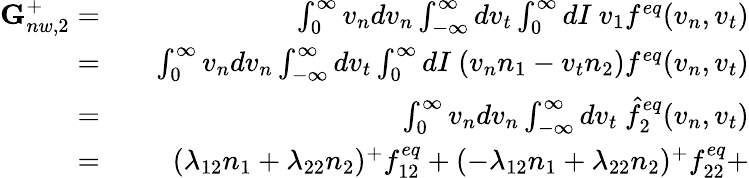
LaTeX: \begin{array}{rlr}{\textbf{G}_{nw,2}^{+}=}&{{}}&{\int_{0}^{\infty}v_{n}dv_{n}\int_{-\infty}^{\infty}dv_{t}\int_{0}^{\infty}dI\ v_{1}f^{eq}(v_{n},v_{t})}\\ {=}&{{}}&{\int_{0}^{\infty}v_{n}dv_{n}\int_{-\infty}^{\infty}dv_{t}\int_{0}^{\infty}dI\ (v_{n}n_{1}-v_{t}n_{2})f^{eq}(v_{n},v_{t})}\\ {=}&{{}}&{\int_{0}^{\infty}v_{n}dv_{n}\int_{-\infty}^{\infty}dv_{t}\ \hat{f}_{2}^{eq}(v_{n},v_{t})}\\ {=}&{{}}&{(\lambda_{12}n_{1}+\lambda_{22}n_{2})^{+}f_{12}^{eq}+(-\lambda_{12}n_{1}+\lambda_{22}n_{2})^{+}f_{22}^{eq}+}\end{array}